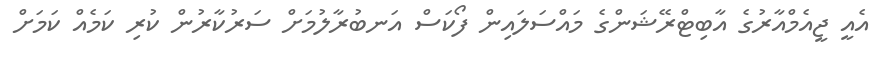
އެއީ ޖީއެމްއާރުގެ އާބިޓްރޭޝަންގެ މައްސަލައިން ފޯކަސް އަނބުރާލުމަށް ސަރުކާރުން ކުރި ކަމެއް ކަމަށް